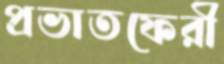
প্রভাতফেরী